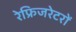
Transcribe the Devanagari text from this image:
रेफ्रिजरेटरों